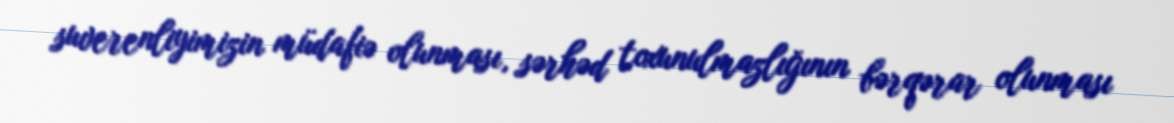
suverenliyimizin müdafiə olunması, sərhəd toxunulmazlığının bərqərar olunması